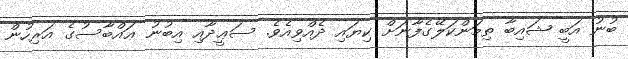
ބުނު އަބީ ޝައިބާ ތިމަންކަލޭގެފާނަށް ކިޔައި ދެއްވިއެވެ. ސަޢީދާއި އިބުނު ޢައްބާސުގެ އަރިހުން